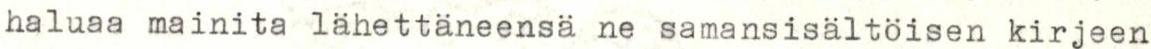
haluaa mainita lähettäneensä ne samansisältöisen kirjeen